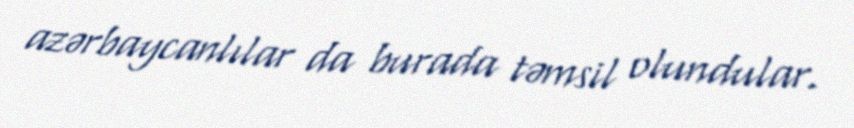
azərbaycanlılar da burada təmsil olundular.